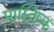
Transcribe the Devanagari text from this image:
मास्तिष्क